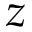
z